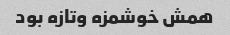
همش خوشمزه وتازه بود